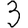
Digit: 3